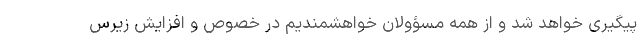
پیگیری خواهد شد و از همه مسؤولان خواهشمندیم در خصوص و افزایش زیرس